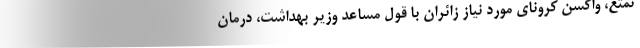
تمتع، واکسن کرونای مورد نیاز زائران با قول مساعد وزیر بهداشت، درمان